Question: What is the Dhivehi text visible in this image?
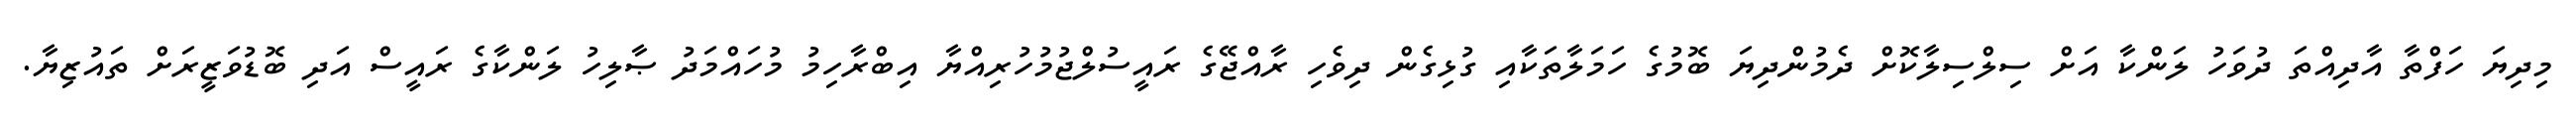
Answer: މިދިޔަ ހަފްތާ އާދިއްތަ ދުވަހު ލަންކާ އަށް ސިލްސިލާކޮށް ދެމުންދިޔަ ބޮމުގެ ހަމަލާތަކާއި ގުޅިގެން ދިވެހި ރާއްޖޭގެ ރައީސުލްޖުމުހުރިއްޔާ އިބްރާހިމު މުހައްމަދު ޞާލިހު ލަންކާގެ ރައީސް އަދި ބޮޑުވަޒީރަށް ތައުޒިޔާ.